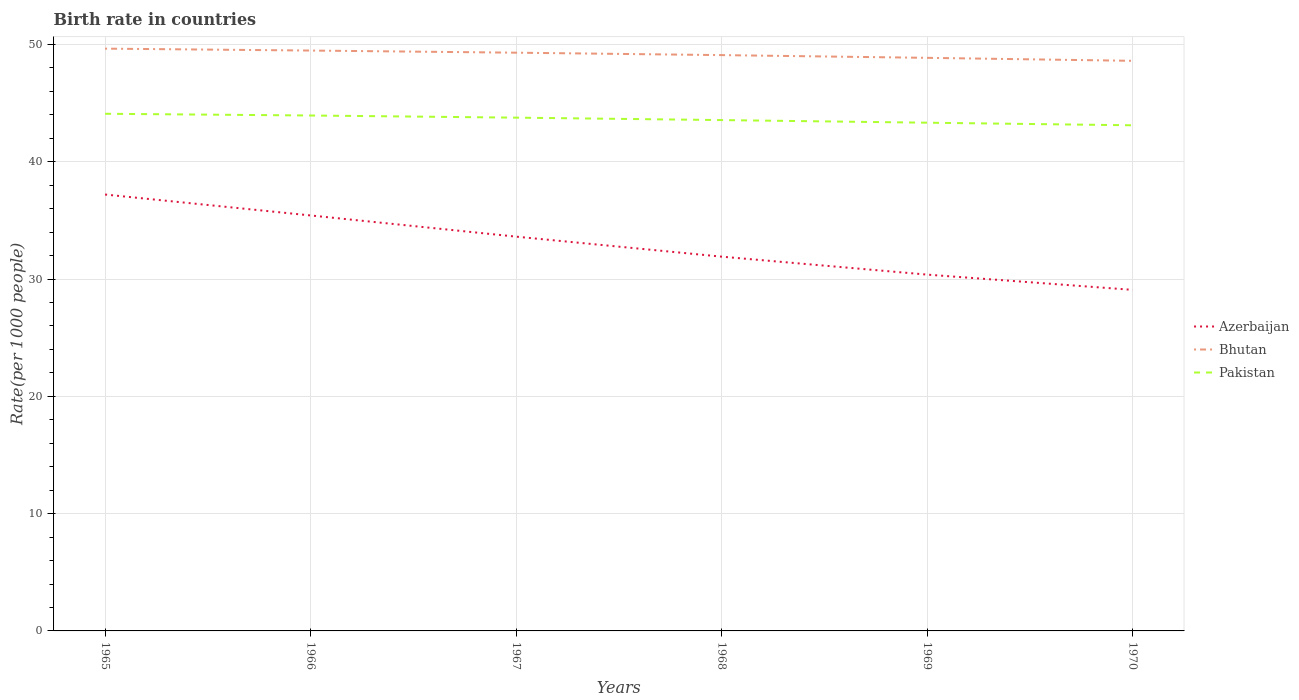
| Years | Azerbaijan | Bhutan | Pakistan |
 | --- | --- | --- | --- |
 | 1965 | 37.2 | 49.6 | 44.1 |
 | 1966 | 35.4 | 49.5 | 43.9 |
 | 1967 | 33.6 | 49.3 | 43.8 |
 | 1968 | 31.9 | 49.1 | 43.6 |
 | 1969 | 30.4 | 48.9 | 43.3 |
 | 1970 | 29.1 | 48.6 | 43.1 |